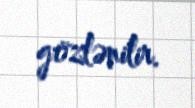
gözlənilir.